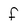
Character: f